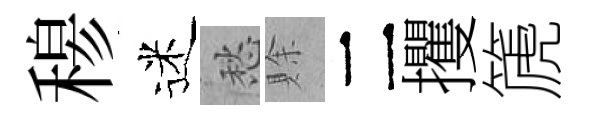
𥠇迷愁賖二攫篪